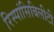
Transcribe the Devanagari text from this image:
रिस्पांसिबिलीटी